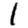
Digit: 1